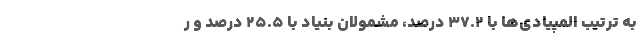
به ترتیب المپیادی‌ها با ۳۷.۲ درصد، مشمولان بنیاد با ۲۵.۵ درصد و ر